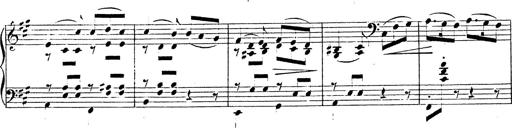
Title: Chanson bohÃ©mienne
Composer: Franz Liszt